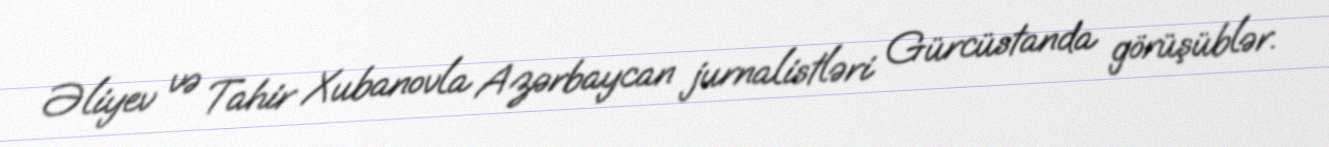
Əliyev və Tahir Xubanovla Azərbaycan jurnalistləri Gürcüstanda görüşüblər.